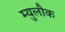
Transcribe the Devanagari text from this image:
म्युलौक